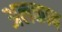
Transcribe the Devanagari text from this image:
अलकाब